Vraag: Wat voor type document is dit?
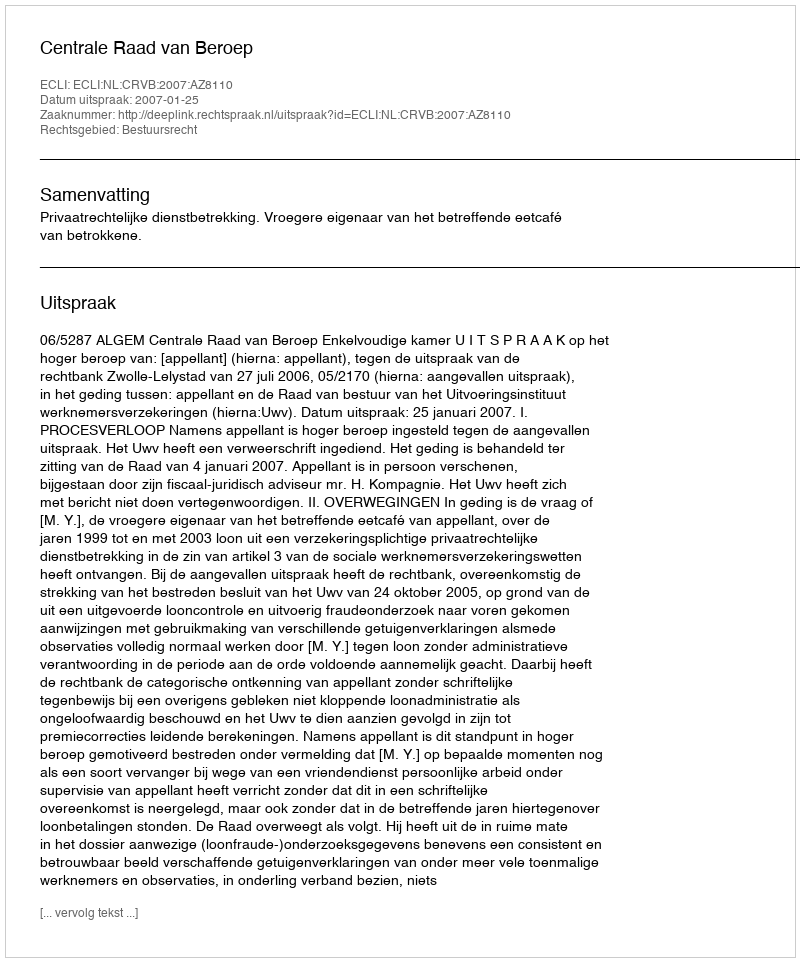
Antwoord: Uitspraak